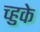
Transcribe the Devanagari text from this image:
च्हुके